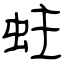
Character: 蛀